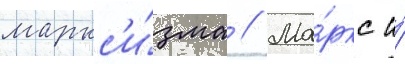
маркс'и́зма // Ма́ркс и́